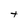
Character: t